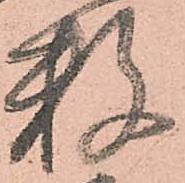
数